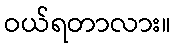
ဝယ်ရတာလား။